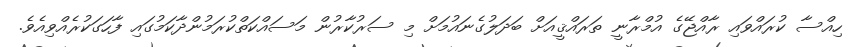
ހިއްސާ ކުރައްވައި ރާއްޖޭގެ އުމްރާނީ ތަރައްޤީއަށް ބަދަލުގެނައުމަށް މި ސަރުކާރުން މަސައްކަތްކުރަމުންދާކަމުގައި ފާހަގަކުރެއްވިއެވެ.